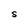
Character: S